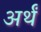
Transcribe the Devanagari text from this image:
अर्थं